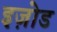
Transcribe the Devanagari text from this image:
इज़ोड